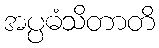
အပ္ပဓံသိတာတိ